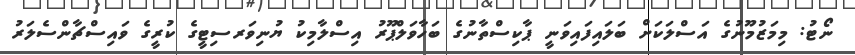
ނޯޓު: މިމަޒުމޫނުގެ އަސްލަކަށް ބަލައިފައިވަނީ ޕާކިސްތާނުގެ ބަހާވަލްޕޫރު އިސްލާމިކު ޔުނިވަރސިޓީގެ ކުރީގެ ވައިސްޗާންސެލަރު